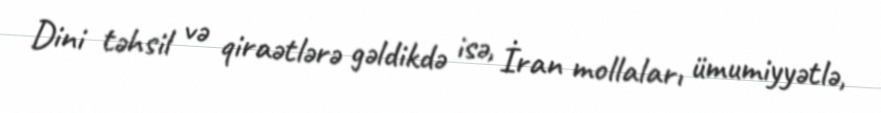
Dini təhsil və qiraətlərə gəldikdə isə, İran mollaları ümumiyyətlə,